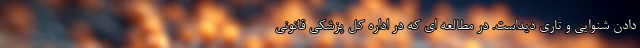
دادن شنوایی و تاری دیداست. در مطالعه ای که در اداره کل پزشکی قانونی